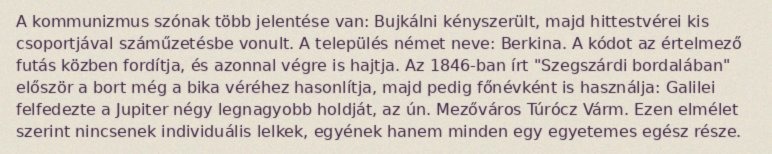
A kommunizmus szónak több jelentése van: Bujkálni kényszerült, majd hittestvérei kis csoportjával száműzetésbe vonult. A település német neve: Berkina. A kódot az értelmező futás közben fordítja, és azonnal végre is hajtja. Az 1846-ban írt "Szegszárdi bordalában" először a bort még a bika véréhez hasonlítja, majd pedig főnévként is használja: Galilei felfedezte a Jupiter négy legnagyobb holdját, az ún. Mezőváros Túrócz Várm. Ezen elmélet szerint nincsenek individuális lelkek, egyének hanem minden egy egyetemes egész része.